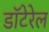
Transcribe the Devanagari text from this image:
डॉटेरेल